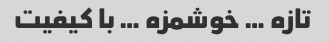
تازه … خوشمزه … با کیفیت